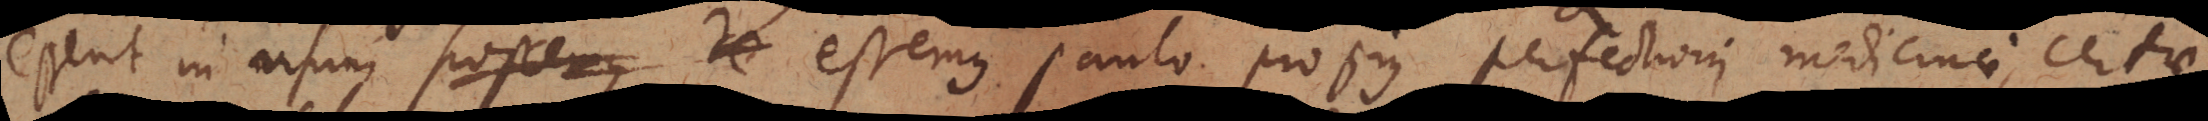
essent in usum possemus de essemus paulo propius perfectioni medicinae, certae,